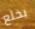
بخلع